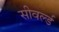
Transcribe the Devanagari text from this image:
सीवर्ल्ड